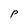
Character: P